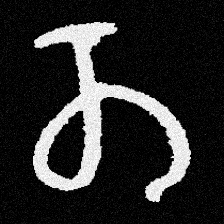
Pyu character \u2014 Myanmar letter: တ (romanized: ta)